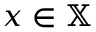
x \in \mathbb { X }